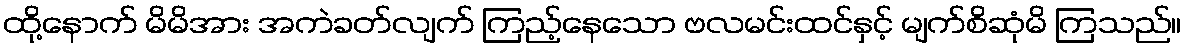
ထို့နောက် မိမိအား အကဲခတ်လျက် ကြည့်နေသော ဗလမင်းထင်နှင့် မျက်စိဆုံမိ ကြသည်။